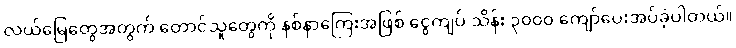
လယ်မြေတွေအတွက် တောင်သူတွေကို နစ်နာကြေးအဖြစ် ငွေကျပ် သိန်း ၃၀၀၀ ကျော်ပေးအပ်ခဲ့ပါတယ်။